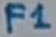
Text: F1